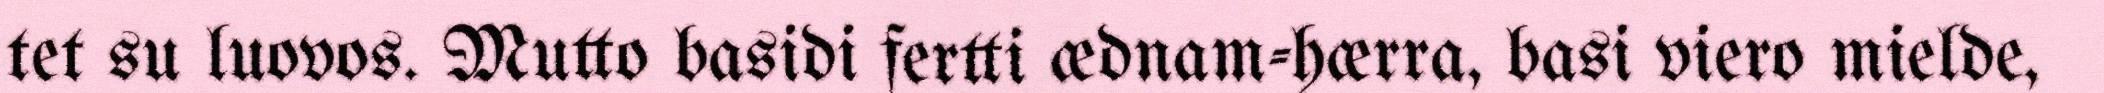
tet su luovos. Mutto basidi fertti ædnam-hærra, basi viero mielde,